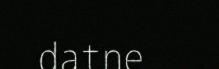
datne